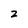
Character: z